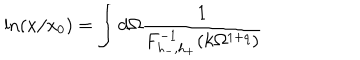
\ln ( x / x _ { 0 } ) = \int d \Omega \frac { 1 } { F _ { h _ { - } , h _ { + } } ^ { - 1 } ( k \Omega ^ { 1 + q } ) }